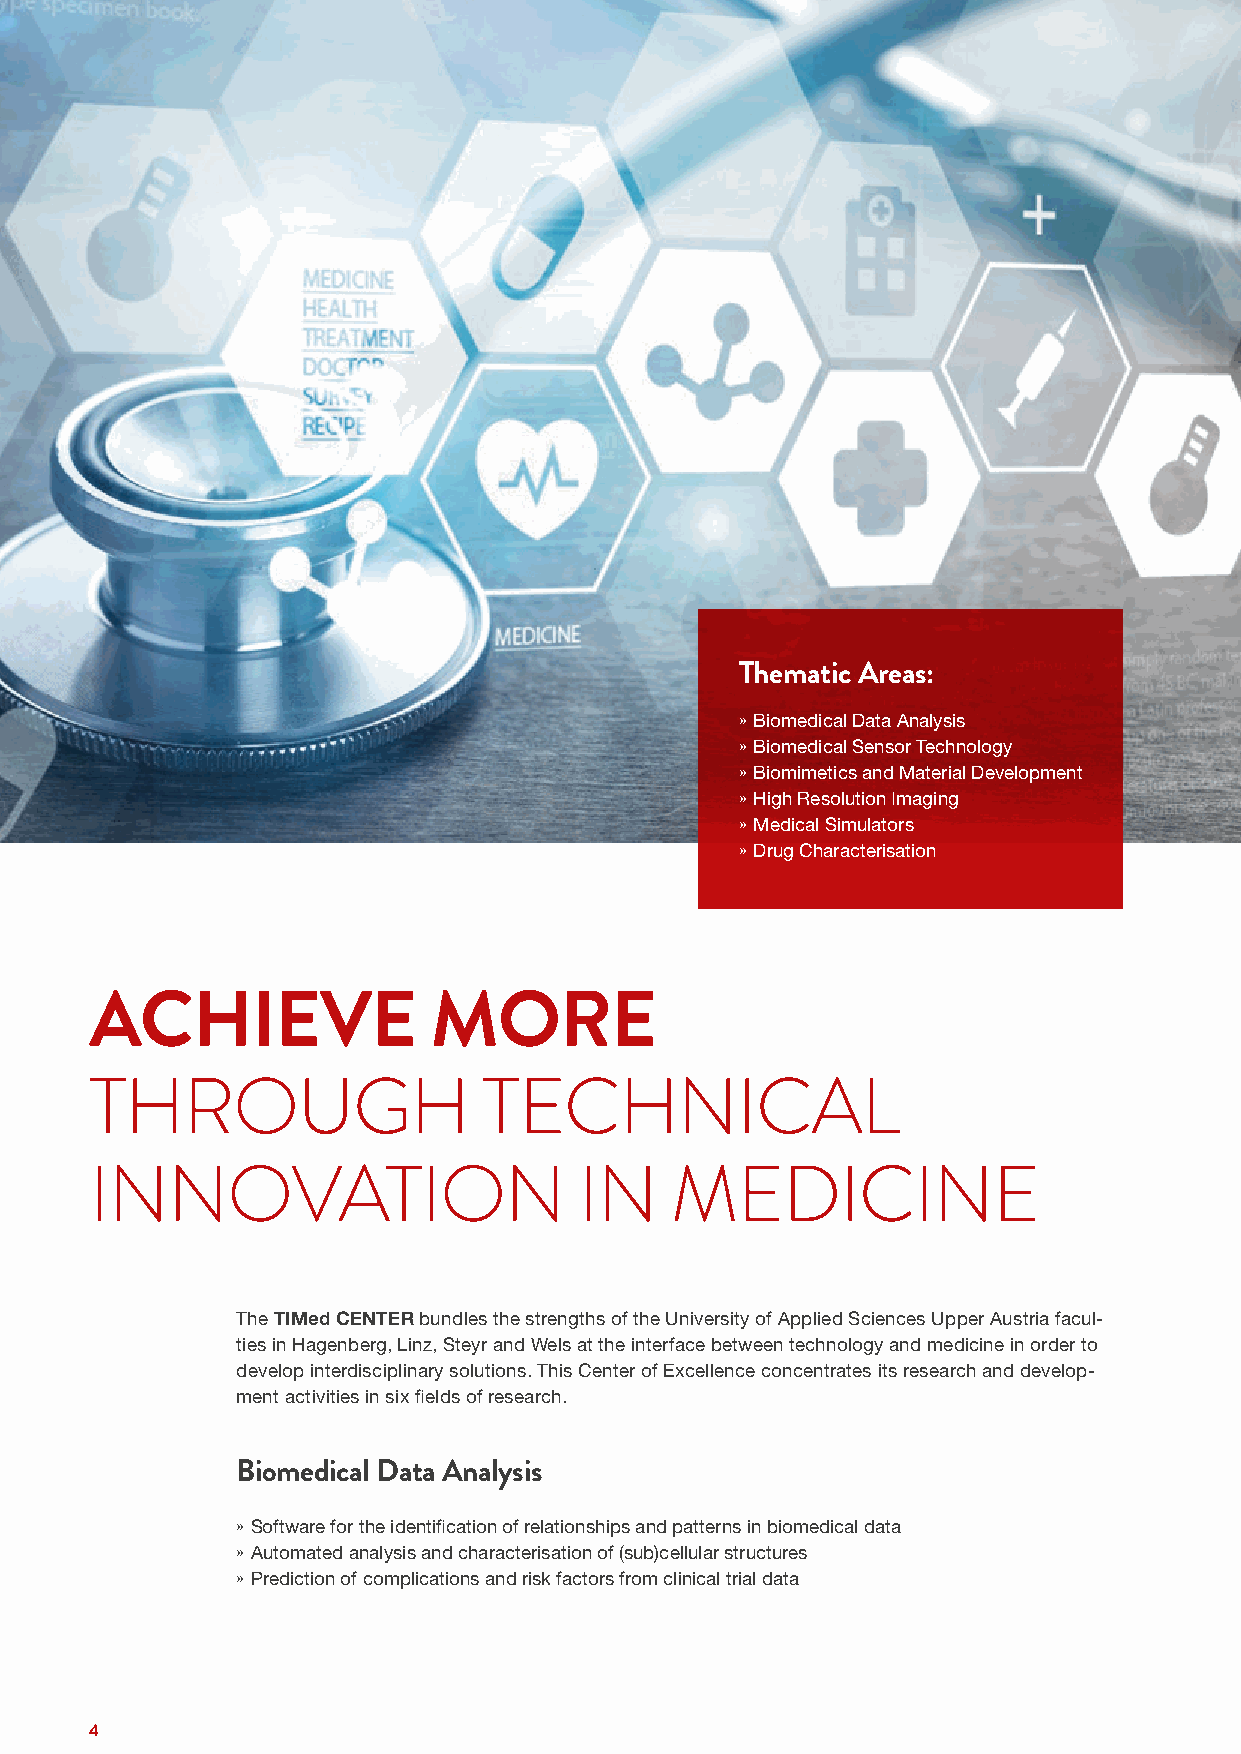
Thematic Areas:
 » Biomedical Data Analysis
 » Biomedical Sensor Technology
 » Biomimetics and Material Development
 » High Resolution Imaging
 » Medical Simulators
 » Drug Characterisation
 ACHIEVE               MORE
 THROUGH                   TECHNICAL
 INNOVATION                      IN    MEDICINE
 The TIMed CENTER bundles the strengths of the University of Applied Sciences Upper Austria facul-
 ties in Hagenberg, Linz, Steyr and Wels at the interface between technology and medicine in order to
 develop interdisciplinary solutions. This Center of Excellence concentrates its research and develop-
 ment activities in six fields of research.
 Biomedical Data Analysis
 » Software for the identification of relationships and patterns in biomedical data
 » Automated analysis and characterisation of (sub)cellular structures
 » Prediction of complications and risk factors from clinical trial data
 4